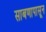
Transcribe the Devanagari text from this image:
साबणापासून